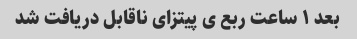
بعد ۱ ساعت ربع ی پیتزای ناقابل دریافت شد